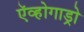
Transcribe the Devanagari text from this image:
ऍव्होगाड्रो